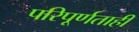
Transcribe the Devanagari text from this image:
परिपूर्णताही